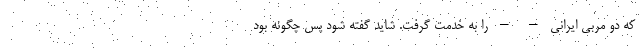
که دو مربی ایرانی – – را به خدمت گرفت. شاید گفته شود پس چگونه بود